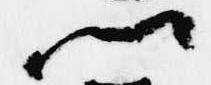
卿